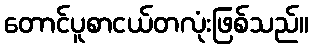
တောင်ပူစာငယ်တလုံးဖြစ်သည်။